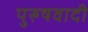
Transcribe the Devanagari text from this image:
पुरुषवादी